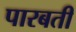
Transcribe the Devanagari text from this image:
पारबती